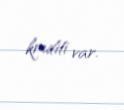
krediti var.